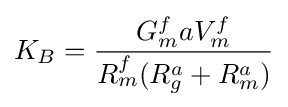
K_{B}={\frac {G_{m}^{f}aV_{m}^{f}}{R_{m}^{f}(R_{g}^{a}+R_{m}^{a})}}